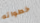
خطواته